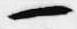
一